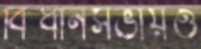
বিধানসভায়ও